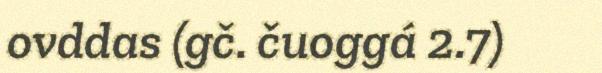
ovddas (gč. čuoggá 2.7)